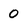
Character: 0